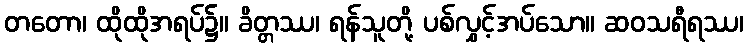
တတော၊ ထိုထိုအရပ်၌။ ခိတ္တဿ၊ ရန်သူတို့ ပစ်လွှင့်အပ်သော။ ဆဝသရီရဿ၊